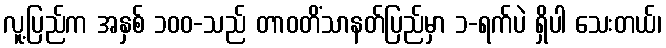
လူ့ပြည်က အနှစ် ၁၀၀-သည် တာဝတိံသာနတ်ပြည်မှာ ၁-ရက်ပဲ ရှိပါ သေးတယ်၊